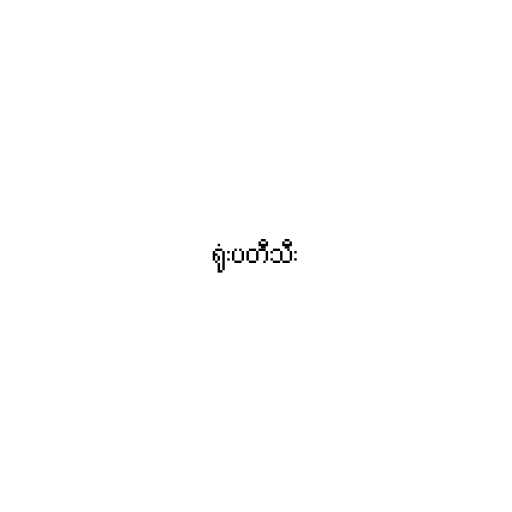
ရုံးပတီသီး